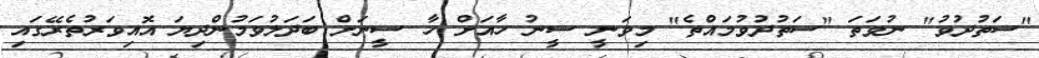
"ސަތުދުވު" ނުވަތަ "ސަތުދުވުމައްތެ" މިވަނީ ސީނު ހާއަށް ހާ ސީނަށް ބަދަލުވަމުންދިޔަ އޮއިވަރުތެރޭގައި